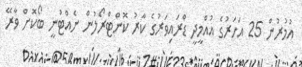
އުމުރުން 25 އަހަރުގެ އުއްމީދީ ޑްރައިވަރުގެ ކާރު ކޮންޓްރޯލުން ނެއްޓުނީ ބޯކޮށް ވާރޭ